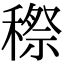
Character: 穄